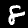
Digit: 8